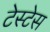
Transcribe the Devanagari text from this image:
टेस्टेस